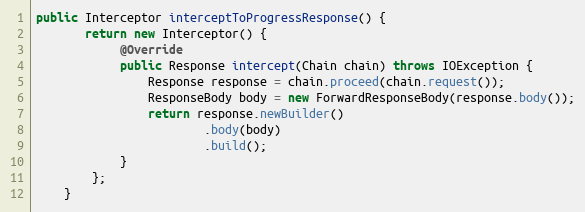
Language: Java
public Interceptor interceptToProgressResponse() {
       return new Interceptor() {
            @Override
            public Response intercept(Chain chain) throws IOException {
                Response response = chain.proceed(chain.request());
                ResponseBody body = new ForwardResponseBody(response.body());
                return response.newBuilder()
                        .body(body)
                        .build();
            }
        };
    }